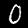
Digit: 0